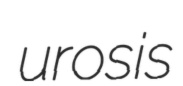
urosis